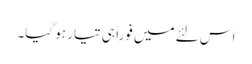
اس لئے میں فوراً ہی تیار ہو گیا۔